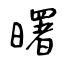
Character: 曙